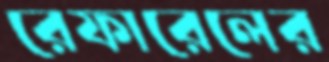
রেফারেলের